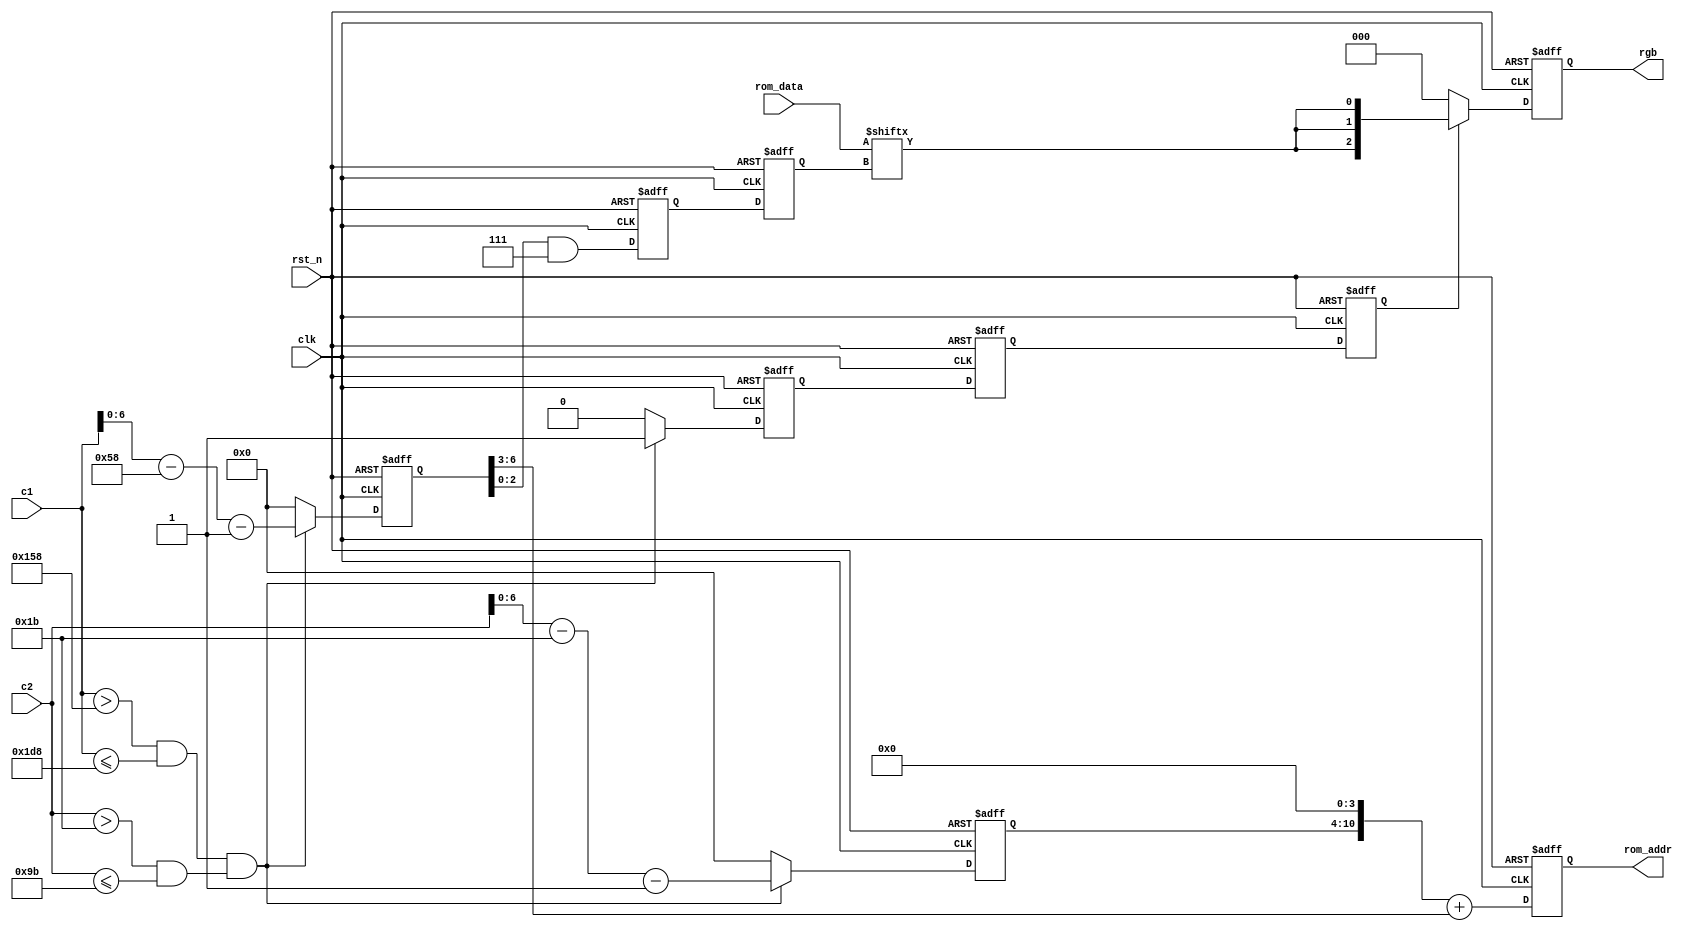
module vga_control_2
(
    input clk,
    input rst_n,
    input [10:0] c1,
    input [10:0] c2,
    output reg [2:0]rgb,
    output reg [10:0] rom_addr,
    input [7:0] rom_data
);

    /**************************/
    
    //
    parameter _X = 8'd128;
    parameter _Y = 8'd128;
    parameter _XOFF = 10'd128; //1,
    parameter _YOFF = 10'd0;
    
    /**************************/
    
    reg [6:0] x;
    reg [6:0] y;
    reg [2:0] index;
    reg [2:0] index_del;
    reg data_valid;
    reg data_valid_del_1;
    reg data_valid_del_2;
    
    always @(posedge clk or negedge rst_n)
    begin
        if(~rst_n)
        begin
            x <= 7'd0;
            y <= 7'd0;
            index <= 3'd0;
            index_del <= 3'd0;
            data_valid <= 1'b0;
            data_valid_del_1 <= 1'b0;
            data_valid_del_2 <= 1'b0;
            rom_addr <= 11'd0;
            rgb <= 3'b000;
        end
        else
        begin
            
            /*
             * pipeline()
             */
            
            //step 0
            if((c1 > (128+88+_XOFF) && c1 <= (128+88+_XOFF+_X)) &&
                (c2 > (4+23+_YOFF) && c2 <= (4+23+_YOFF+_Y))) //
            begin
                x <= c1 - (128+88+_XOFF) - 1;    //0~127
                y <= c2 - (4+23+_YOFF) - 1;      //0~127
                data_valid <= 1'b1;
            end
            else
            begin //,""
                x <= 7'd0;
                y <= 7'd0;
                data_valid <= 1'b0;
            end
            
            //step 1
            rom_addr <= ((y << 4) + (x >> 3));
            index <= x & 3'b111;
            data_valid_del_1 <= data_valid;
            
            //step2 -- output rom_data need 1 clk
            index_del <= index;
            data_valid_del_2 <= data_valid_del_1;
            
            //step3
            rgb <= data_valid_del_2 ? {rom_data[index_del], rom_data[index_del], rom_data[index_del]} : 3'b000;
            
        end
    end

endmodule